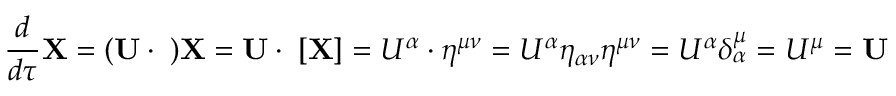
{ \frac { d } { d \tau } } \mathbf { X } = ( \mathbf { U } \cdot \mathbf { \partial } ) \mathbf { X } = \mathbf { U } \cdot \mathbf { \partial } [ \mathbf { X } ] = U ^ { \alpha } \cdot \eta ^ { \mu \nu } = U ^ { \alpha } \eta _ { \alpha \nu } \eta ^ { \mu \nu } = U ^ { \alpha } \delta _ { \alpha } ^ { \mu } = U ^ { \mu } = \mathbf { U }